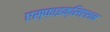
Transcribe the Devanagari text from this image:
एस्फ़ाइक्सिएशन